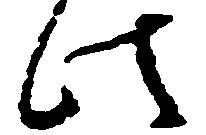
此